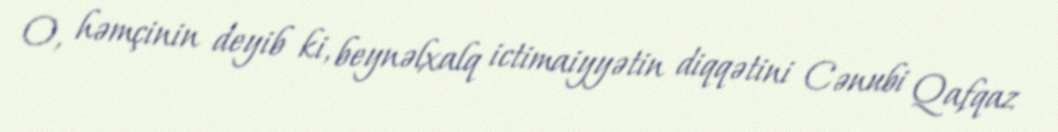
O, həmçinin deyib ki, beynəlxalq ictimaiyyətin diqqətini Cənubi Qafqaz